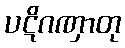
ပဋိဂဏှာတု